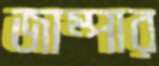
জাম্পার